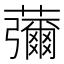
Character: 䕳